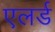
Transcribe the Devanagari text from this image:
एलर्ड